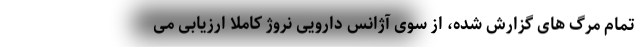
تمام مرگ های گزارش شده، از سوی آژانس دارویی نروژ کاملاً ارزیابی می